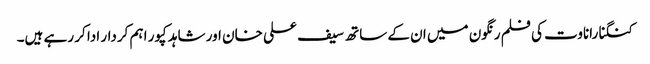
کنگنا راناوت کی فلم رنگون میں ان کے ساتھ سیف علی خان اور شاہد کپور اہم کردار ادا کر رہے ہیں۔